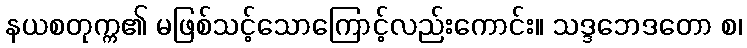
နယစတုက္က၏ မဖြစ်သင့်သောကြောင့်လည်းကောင်း။ သဒ္ဒဘေဒတော စ၊